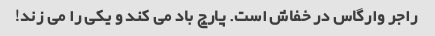
راجر وارگاس در خفاش است. پارچ باد می کند و یکی را می زند!